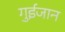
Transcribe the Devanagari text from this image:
गुईजान